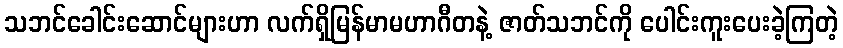
သဘင်ခေါင်းဆောင်များဟာ လက်ရှိမြန်မာမဟာဂီတနဲ့ ဇာတ်သဘင်ကို ပေါင်းကူးပေးခဲ့ကြတဲ့